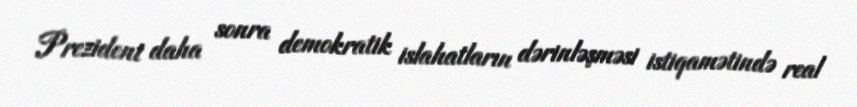
Prezident daha sonra demokratik islahatların dərinləşməsi istiqamətində real